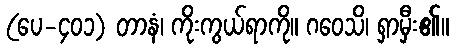
(ပေ-၄၀၁) တာနံ၊ ကိုးကွယ်ရာကို။ ဂဝေသိ၊ ရှာမှီး၏။